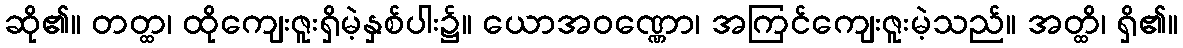
ဆို၏။ တတ္ထ၊ ထိုကျေးဇူးရှိမဲ့နှစ်ပါး၌။ ယောအဝဏ္ဏော၊ အကြင်ကျေးဇူးမဲ့သည်။ အတ္ထိ၊ ရှိ၏။